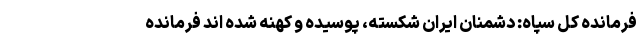
فرمانده کل سپاه: دشمنان ایران شکسته، پوسیده و کهنه شده اند فرمانده